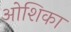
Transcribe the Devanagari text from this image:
ओशिका